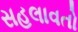
સહલાવતો